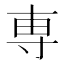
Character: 専